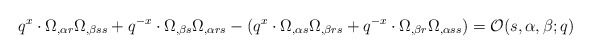
\begin{align*}q^x \cdot \Omega_{,\alpha r} \Omega_{,\beta ss} + q^{-x} \cdot \Omega_{,\beta s} \Omega_{,\alpha rs} - (q^x \cdot \Omega_{,\alpha s}\Omega_{,\beta rs} + q^{-x} \cdot \Omega_{,\beta r} \Omega_{,\alpha ss}) = {\cal O}(s,\alpha , \beta ;q)\end{align*}